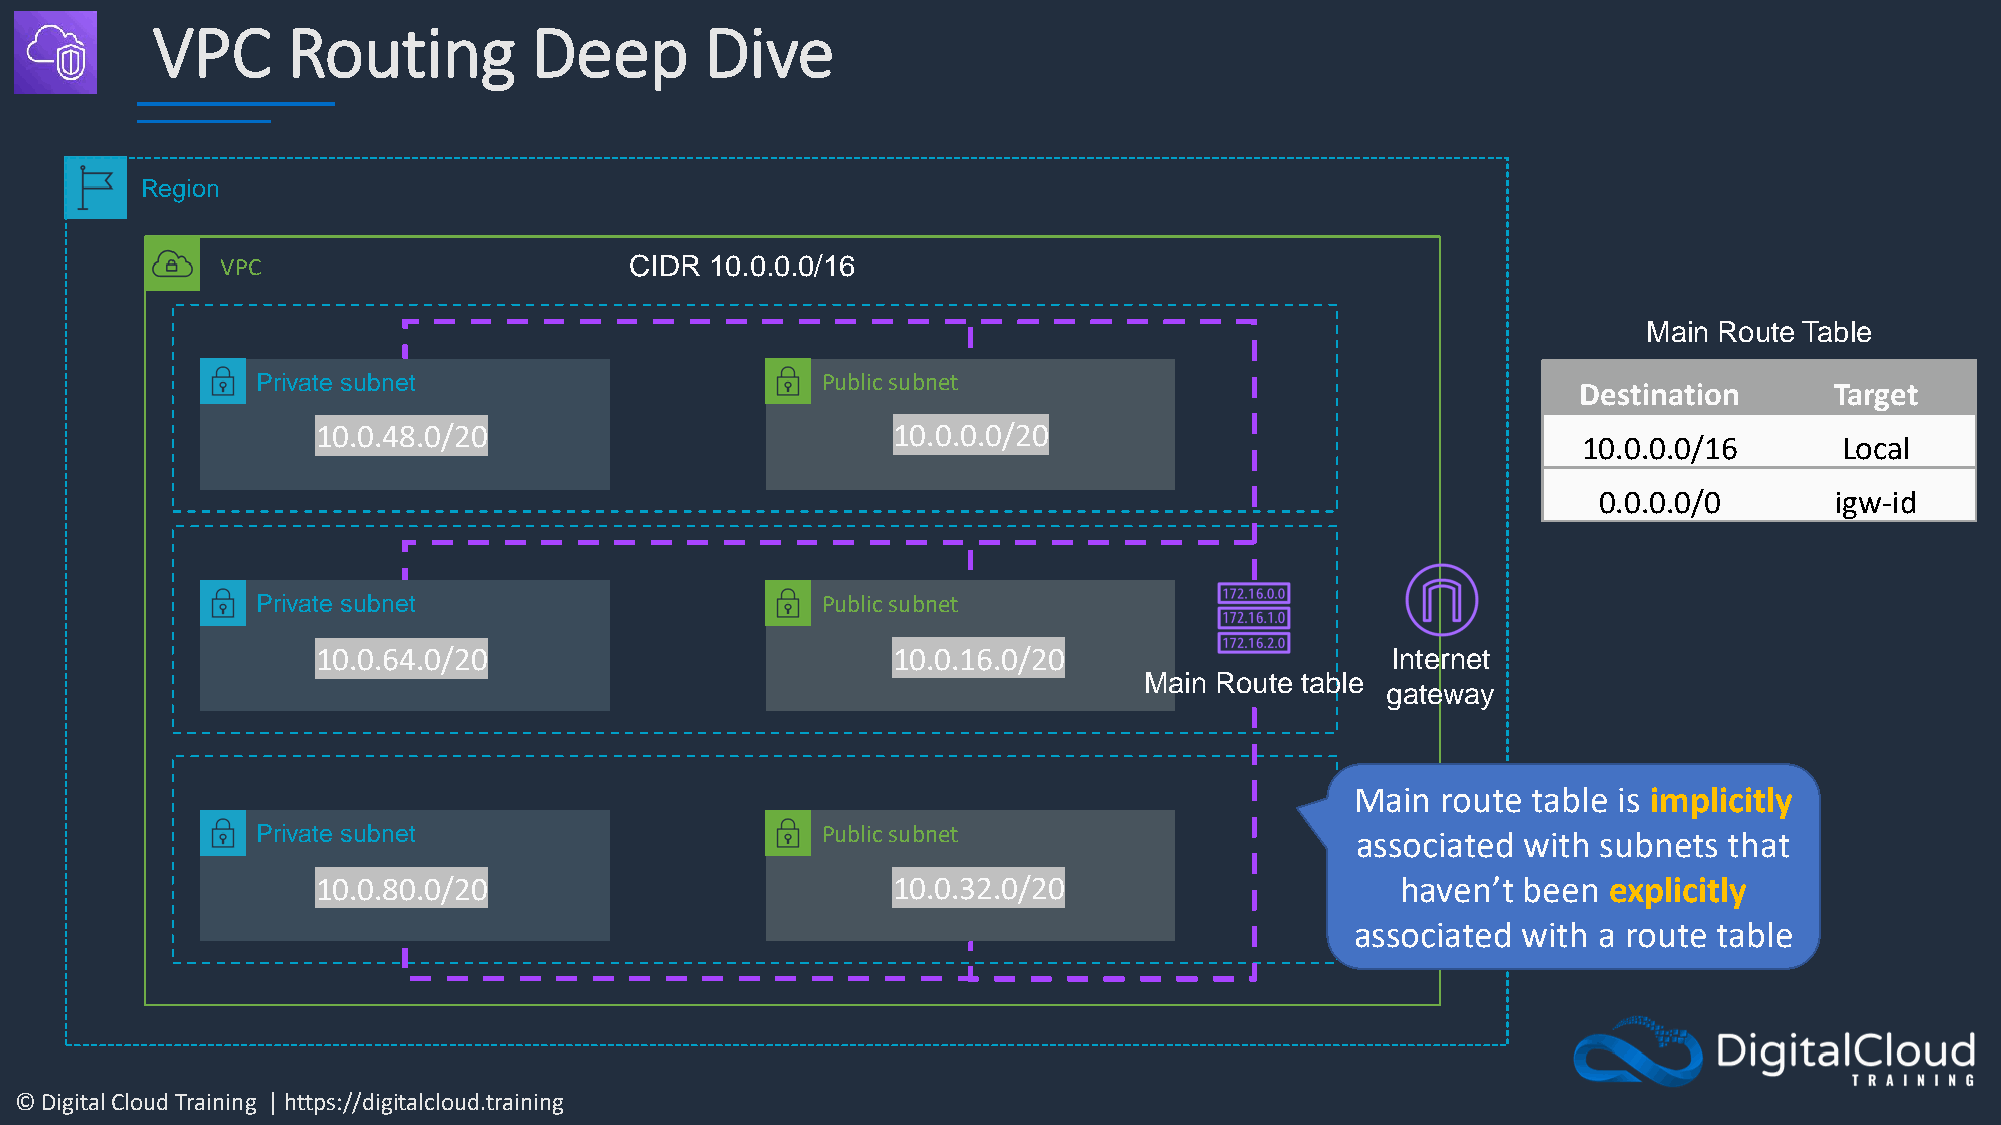
VPC      Routing         Deep        Dive
 Region
 VPC                        CIDR 10.0.0.0/16
 Main Route Table
 Private subnet                       Public subnet
 Destination     Target
 10.0.48.0/20                          10.0.0.0/20
 10.0.0.0/16      Local
 0.0.0.0/0      igw-id
 Private subnet                       Public subnet
 10.0.64.0/20                          10.0.16.0/20                     Internet
 Main Route table
 gateway
 Main route table is implicitly
 Private subnet                       Public subnet                       associated with subnets that
 10.0.80.0/20                          10.0.32.0/20                      haven’t been explicitly
 associated with a route table
 © Digital Cloud Training | https://digitalcloud.training